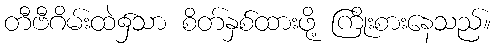
တီဗီဂိမ်းထဲ၌သာ စိတ်နှစ်ထားဖို့ ကြိုးစားနေသည်။